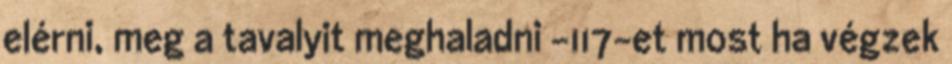
elérni, meg a tavalyit meghaladni -117-et most ha végzek